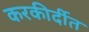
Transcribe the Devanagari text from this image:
करकीर्दीत